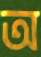
অ